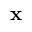
\mathbf { x }